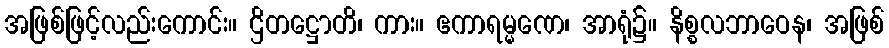
အဖြစ်ဖြင့်လည်းကောင်း။ ဌိတဋ္ဌောတိ၊ ကား။ ဧကာရမ္မဏေ၊ အာရုံ၌။ နိစ္စလဘာဝေန၊ အဖြစ်